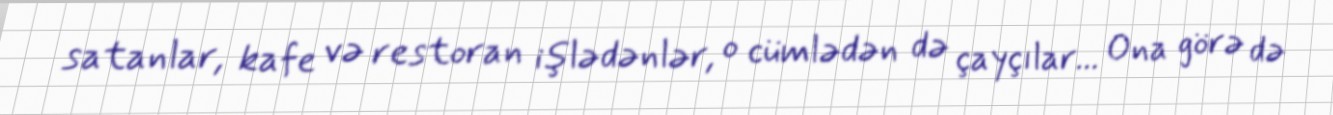
satanlar, kafe və restoran işlədənlər, o cümlədən də çayçılar... Ona görə də